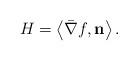
LaTeX: \begin{align*}H=\left<\bar{\nabla}f, {\bf n}\right>.\end{align*}